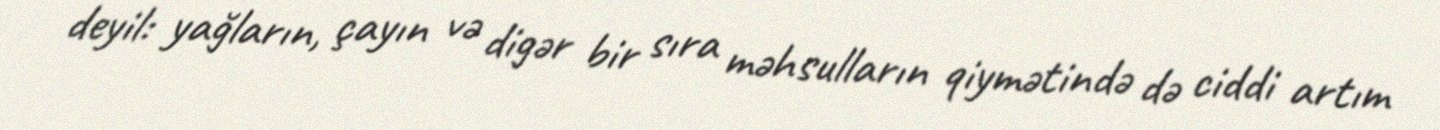
deyil: yağların, çayın və digər bir sıra məhsulların qiymətində də ciddi artım